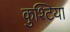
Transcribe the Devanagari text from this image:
कुश्टिया